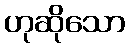
ဟုဆိုသော